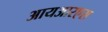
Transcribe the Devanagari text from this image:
आयआरएस